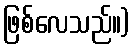
ဖြစ်လေသည်။)